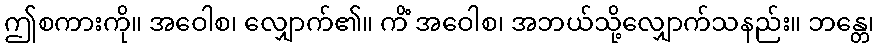
ဤစကားကို။ အဝေါစ၊ လျှောက်၏။ ကိံ အဝေါစ၊ အဘယ်သို့လျှောက်သနည်း။ ဘန္တေ၊